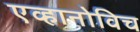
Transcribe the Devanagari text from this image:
एव्हानोविच